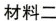
材料二